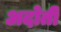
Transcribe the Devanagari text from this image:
अदोती